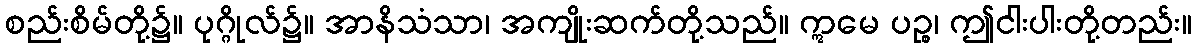
စည်းစိမ်တို့၌။ ပုဂ္ဂိုလ်၌။ အာနိသံသာ၊ အကျိုးဆက်တို့သည်။ ဣမေ ပဉ္စ၊ ဤငါးပါးတို့တည်း။